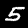
Digit: 5